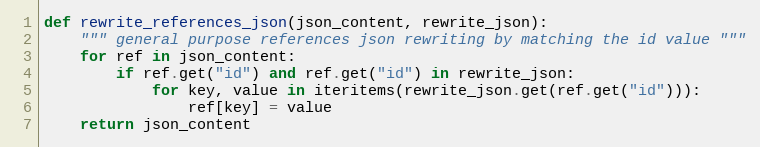
Language: Python
def rewrite_references_json(json_content, rewrite_json):
    """ general purpose references json rewriting by matching the id value """
    for ref in json_content:
        if ref.get("id") and ref.get("id") in rewrite_json:
            for key, value in iteritems(rewrite_json.get(ref.get("id"))):
                ref[key] = value
    return json_content